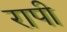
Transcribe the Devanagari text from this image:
रापी